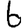
Digit: 6